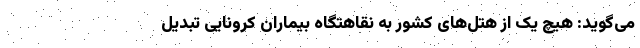
می‌گوید: هیچ یک از هتل‌های کشور به نقاهتگاه بیماران کرونایی تبدیل